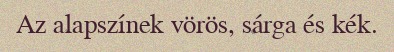
Az alapszínek vörös, sárga és kék.